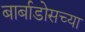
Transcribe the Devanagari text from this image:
बार्बाडोसच्या